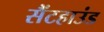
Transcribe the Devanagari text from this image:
सैंटहाउंड